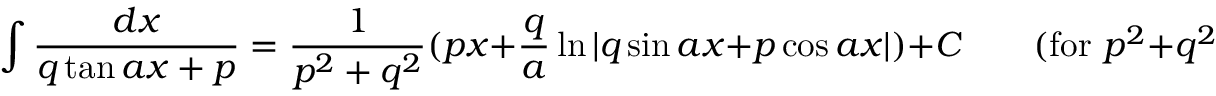
\int { \frac { d x } { q \tan a x + p } } = { \frac { 1 } { p ^ { 2 } + q ^ { 2 } } } ( p x + { \frac { q } { a } } \ln | q \sin a x + p \cos a x | ) + C \qquad { \mathrm { ( f o r ~ } } p ^ { 2 } + q ^ { 2 } \neq 0 { \mathrm { ) } }